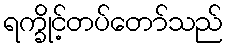
ရက္ခိုင့်တပ်တော်သည်